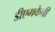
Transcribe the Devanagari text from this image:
डीएमकेची